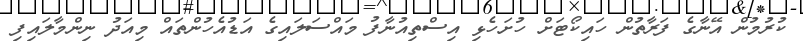
ކުރުމުން އޭނާގެ ފަރާތުން ހައިކޯޓަށް ހުށަހެޅި އިސްތިއުނާފު މައްސަލައިގެ އަޑުއެހުންތައް މިއަދު ނިންމާލައިފި